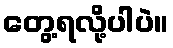
တွေ့ရလို့ပါပဲ။